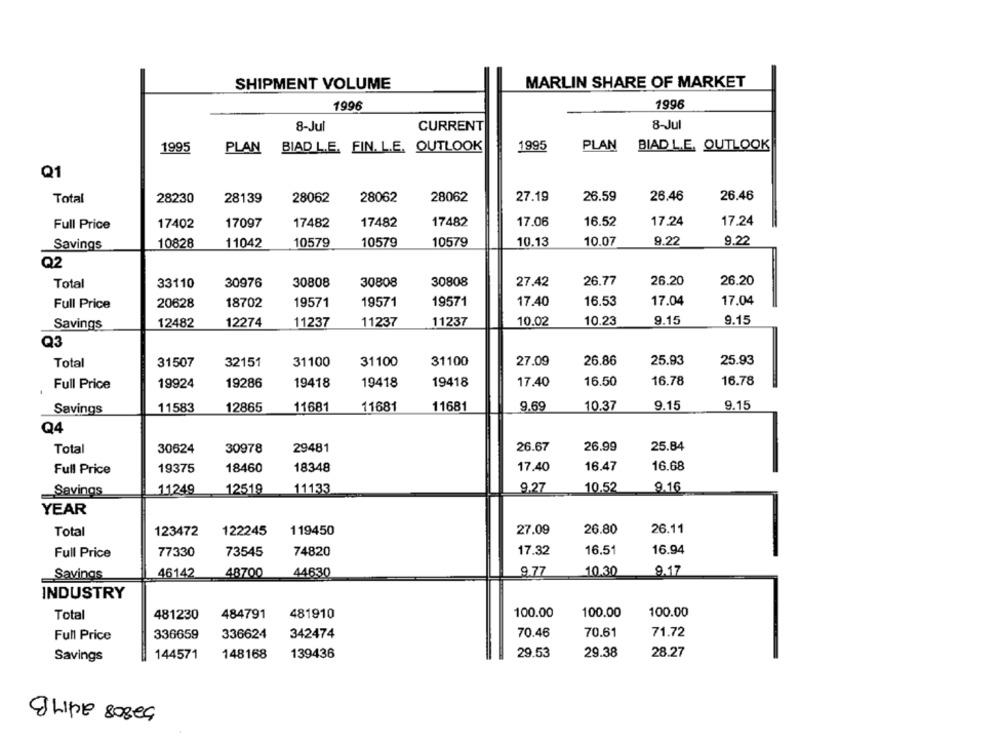
SHIPMENT VOLUME
MARLIN SHARE OF MARKET
1996
1996
8-Jul
8-Jul
CURRENT
1995
BIAD L.E. FIN. L.E. OUTLOOK
1995
PLAN
BIAD L.E. OUTLOOK
PLAN
Q1
Total
28230
28139
28062
28062
28062
27.19
26.59
26.46
26.46
17482
17482
17482
17.06
16.52
17.24
17.24
Full Price
17402
17097
10828
11042
10579
10579
10579
10.13
10.07
9.22
9.22
Savings
Q2
30976
30808
30808
30808
26.77
26.20
26.20
Total
33110
27.42
Full Price
20628
18702
19571
19571
19571
17.40
16.53
17.04
17.04
9.15
Savings
12482
12274
11237
11237
11237
10.02
10.23
9.15
Q3
Total
31507
32151
31100
31100
31100
27.09
26.86
25.93
25.93
Full Price
19924
19286
19418
19418
19418
17.40
16.50
16.78
16.78
11583
12865
11681
11681
11681
9.69
10.37
9.15
9.15
Savings
Q4
26.99
Total
30624
30978
29481
26.67
25.84
18460
16.47
16.68
Full Price
19375
18348
17.40
11249
12519
11133
9.27
10.52
9.16
Savings
YEAR
Total
123472
122245
119450
27.09
26.80
26.11
16.94
Full Price
77330
73545
74820
17.32
16.51
44630
9.77
10.30
9.17
Savings
46142
48700
INDUSTRY
Total
484791
481910
100.00
100.00
100.00
481230
Full Price
336659
336624
342474
70.46
70.61
71.72
144571
29.38
28.27
Savings
148168
139436
29.53
52808 2417B